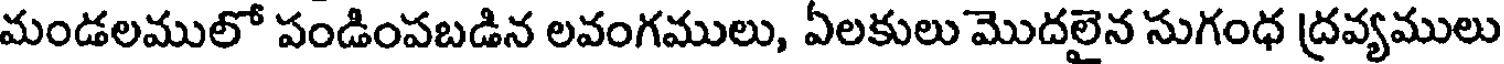
మండలములో పండింపబడిన లవంగములు, ఏలకులు మొదలైన సుగంధ ద్రవ్యములు